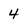
Character: 4